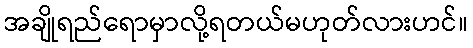
အချိုရည်ရောမှာလို့ရတယ်မဟုတ်လားဟင်။